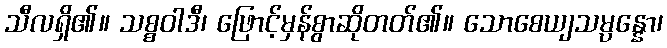
သီလရှိ၏။ သစ္စဝါဒီ၊ ဖြောင့်မှန်စွာဆိုတတ်၏။ သောစေယျသမ္ပန္နော၊